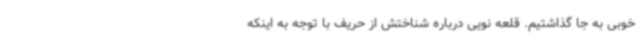
خوبی به جا گذاشتیم. قلعه نویی درباره شناختش از حریف با توجه به اینکه